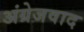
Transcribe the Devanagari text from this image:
अंग्रेजवाद